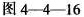
图4-4-16